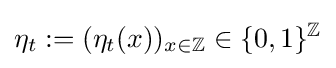
\eta _{t}:=(\eta _{t}(x))_{x\in \mathbb {Z} }\in \{0,1\}^{\mathbb {Z} }